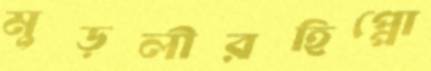
মুড়লীরহিপ্পো